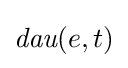
{\textit {dau}}(e,t)